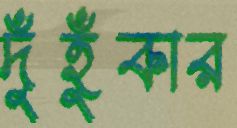
দুঁহুঁকার